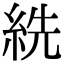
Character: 𦀈